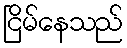
ငြိမ်နေသည်